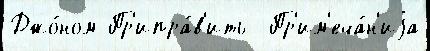
Джо́ном Пр'ипра́в'ить  Пр'им'еча́н'иjа